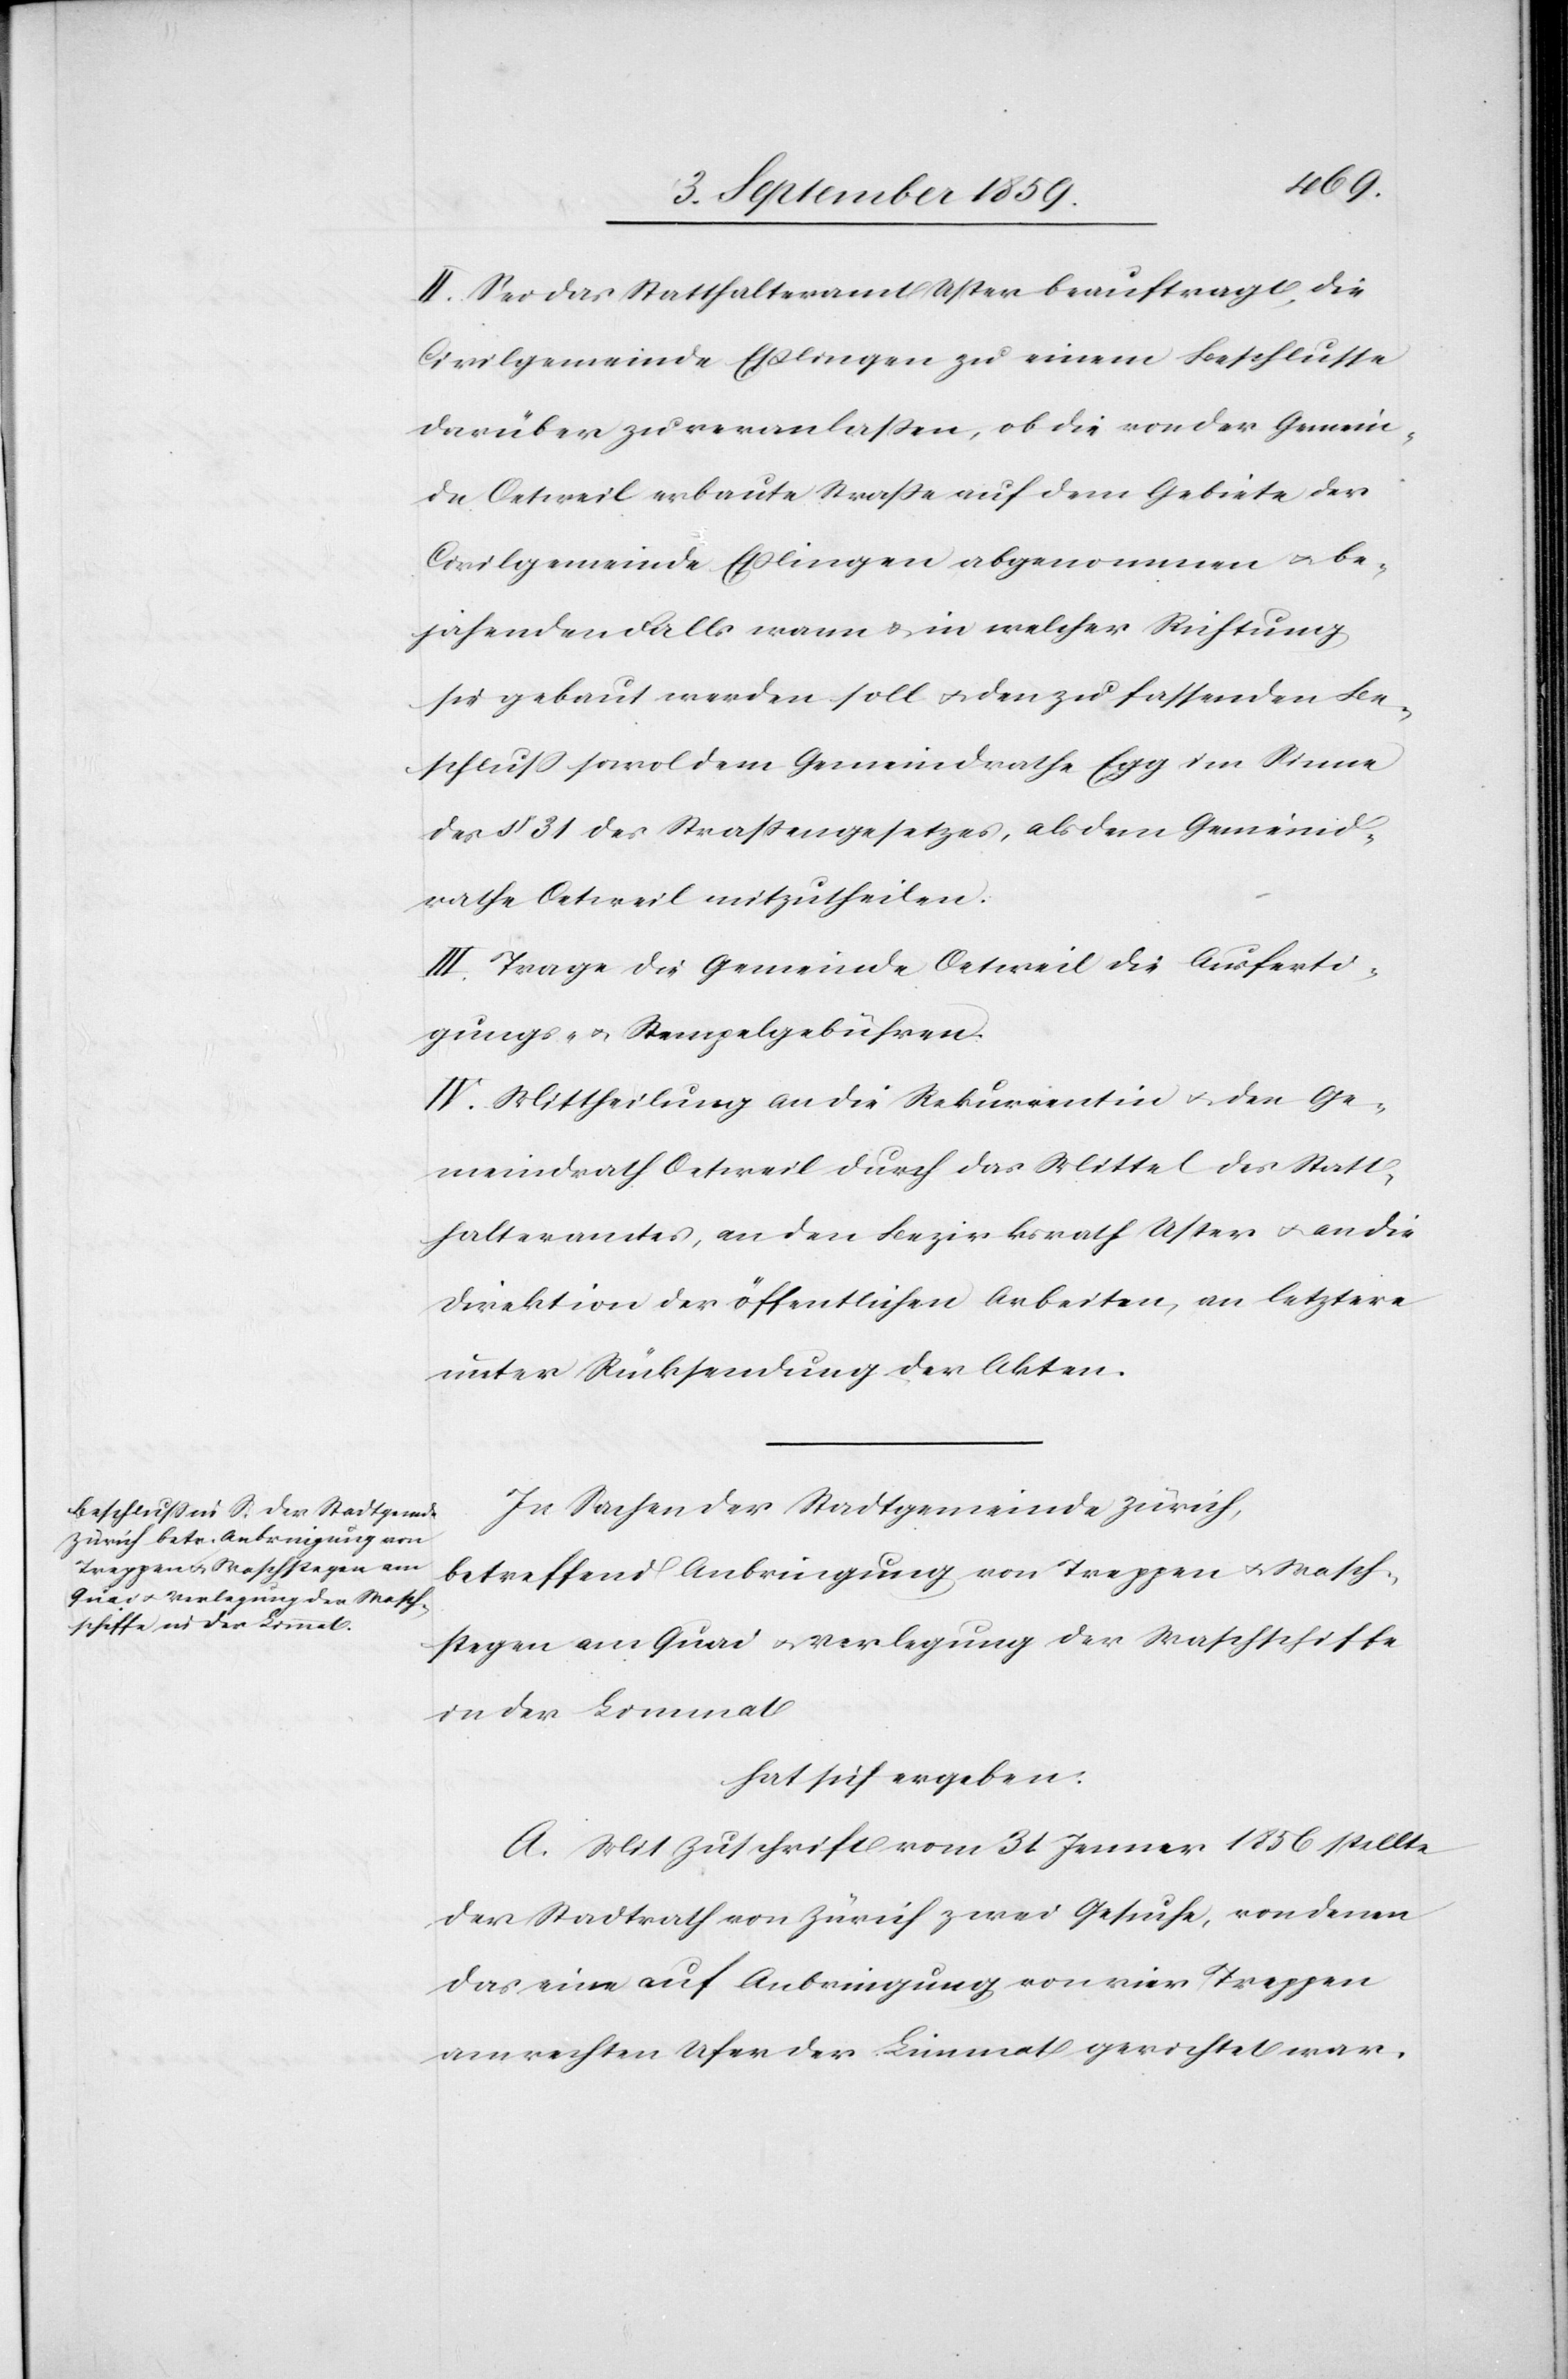
II. Sei das Statthalteramt Uster beauftragt, die
Civilgemeinde Eßlingen zu einem Beschlusse
darüber zu veranlaßen, ob die von der Gemein¬
de Oetweil erbaute Straße auf dem Gebiete der
Civilgemeinde Eßlingen abgenommen & be¬
jahenden Falls wann & in welcher Richtung
sie gebaut werden soll & den zu fassenden Be¬
schluß sowol dem Gemeindrathe Egg im Sinne
des § 31 des Straßengesetzes, als dem Gemeind¬
rathe Oetweil mitzutheilen.
III. Trage die Gemeinde Oetweil die Ausferti¬
gungs- & Stempelgebühren.
IV. Mittheilung an die Rekurrentin & den Ge¬
meindrath Oetweil durch das Mittel des Statt¬
halteramtes, an den Bezirksrath Uster & an die
Direktion der öffentlichen Arbeiten, an letztere
unter Rücksendung der Akten.
In Sachen der Stadtgemeinde Zürich,
betreffend Anbringung von Treppen & Wasch¬
stegen am Quai & Verlegung der Waschschiffe
in der Limmat
hat sich ergeben:
A. Mit Zuschrift vom 31. Jenner 1856 stellte
der Stadtrath von Zürich zwei Gesuche, von denen
das eine auf Anbringung von vier Treppen
am rechten Ufer der Limmat gerichtet war